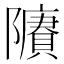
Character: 𨽔